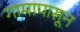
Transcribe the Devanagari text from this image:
गामापासून